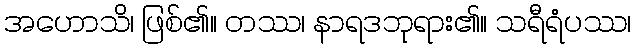
အဟောသိ၊ ဖြစ်၏။ တဿ၊ နာရဒဘုရား၏။ သရီရံပဿ၊